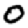
Digit: 0